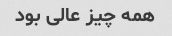
همه چیز عالی بود